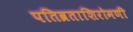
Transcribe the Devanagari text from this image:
पतिव्रताशिरोमणी